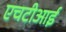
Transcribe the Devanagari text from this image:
एचटीआई